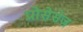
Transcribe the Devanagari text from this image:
प्रोसेसेज़